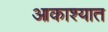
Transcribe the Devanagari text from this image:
आकाश्यात